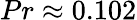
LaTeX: {Pr\approx 0.102}